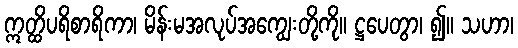
ဣတ္ထိပရိစာရိကာ၊ မိန်းမအလုပ်အကျွေးတို့ကို။ ဋ္ဌပေတွာ၊ ၍။ သဟာ၊